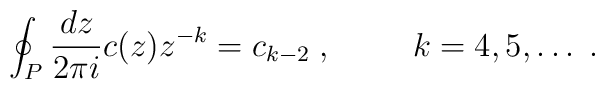
\oint_{P}\frac{dz}{2\pi i}c(z)z^{-k}=c_{k-2}\;, \hspace{1cm}k=4,5,\ldots\;.